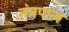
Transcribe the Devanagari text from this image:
तंत्रपाल